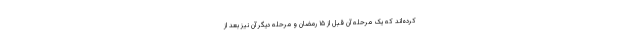
کرده‌اند که یک مرحله آن قبل از ۱۵ رمضان و مرحله دیگر آن نیز بعد از